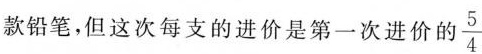
款铅笔，但这次每支的进价是第一次进价的\frac{5}{4}